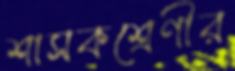
শাসকশ্রেণীর